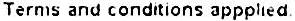
TERMS AND CONDITIONS APPLIED.